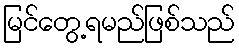
မြင်တွေ့ရမည်ဖြစ်သည်